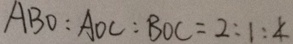
A B O : A O C : B O C = 2 : 1 : 4